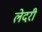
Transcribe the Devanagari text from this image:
लेदरी